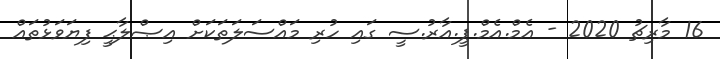
16 މާރިޗު 2020 - އެމް.އެމް.ޕީ.އާރު.ސީ ގައި ހުރި މައްސަލަތަކަށް އިޞްލާޙީ ފިޔަވަޅުތައް